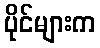
ပိုင်များက